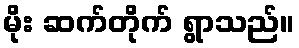
မိုး ဆက်တိုက် ရွာသည်။